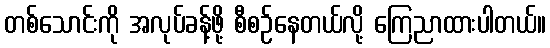
တစ်သောင်းကို အလုပ်ခန့်ဖို့ စီစဉ်နေတယ်လို့ ကြေညာထားပါတယ်။